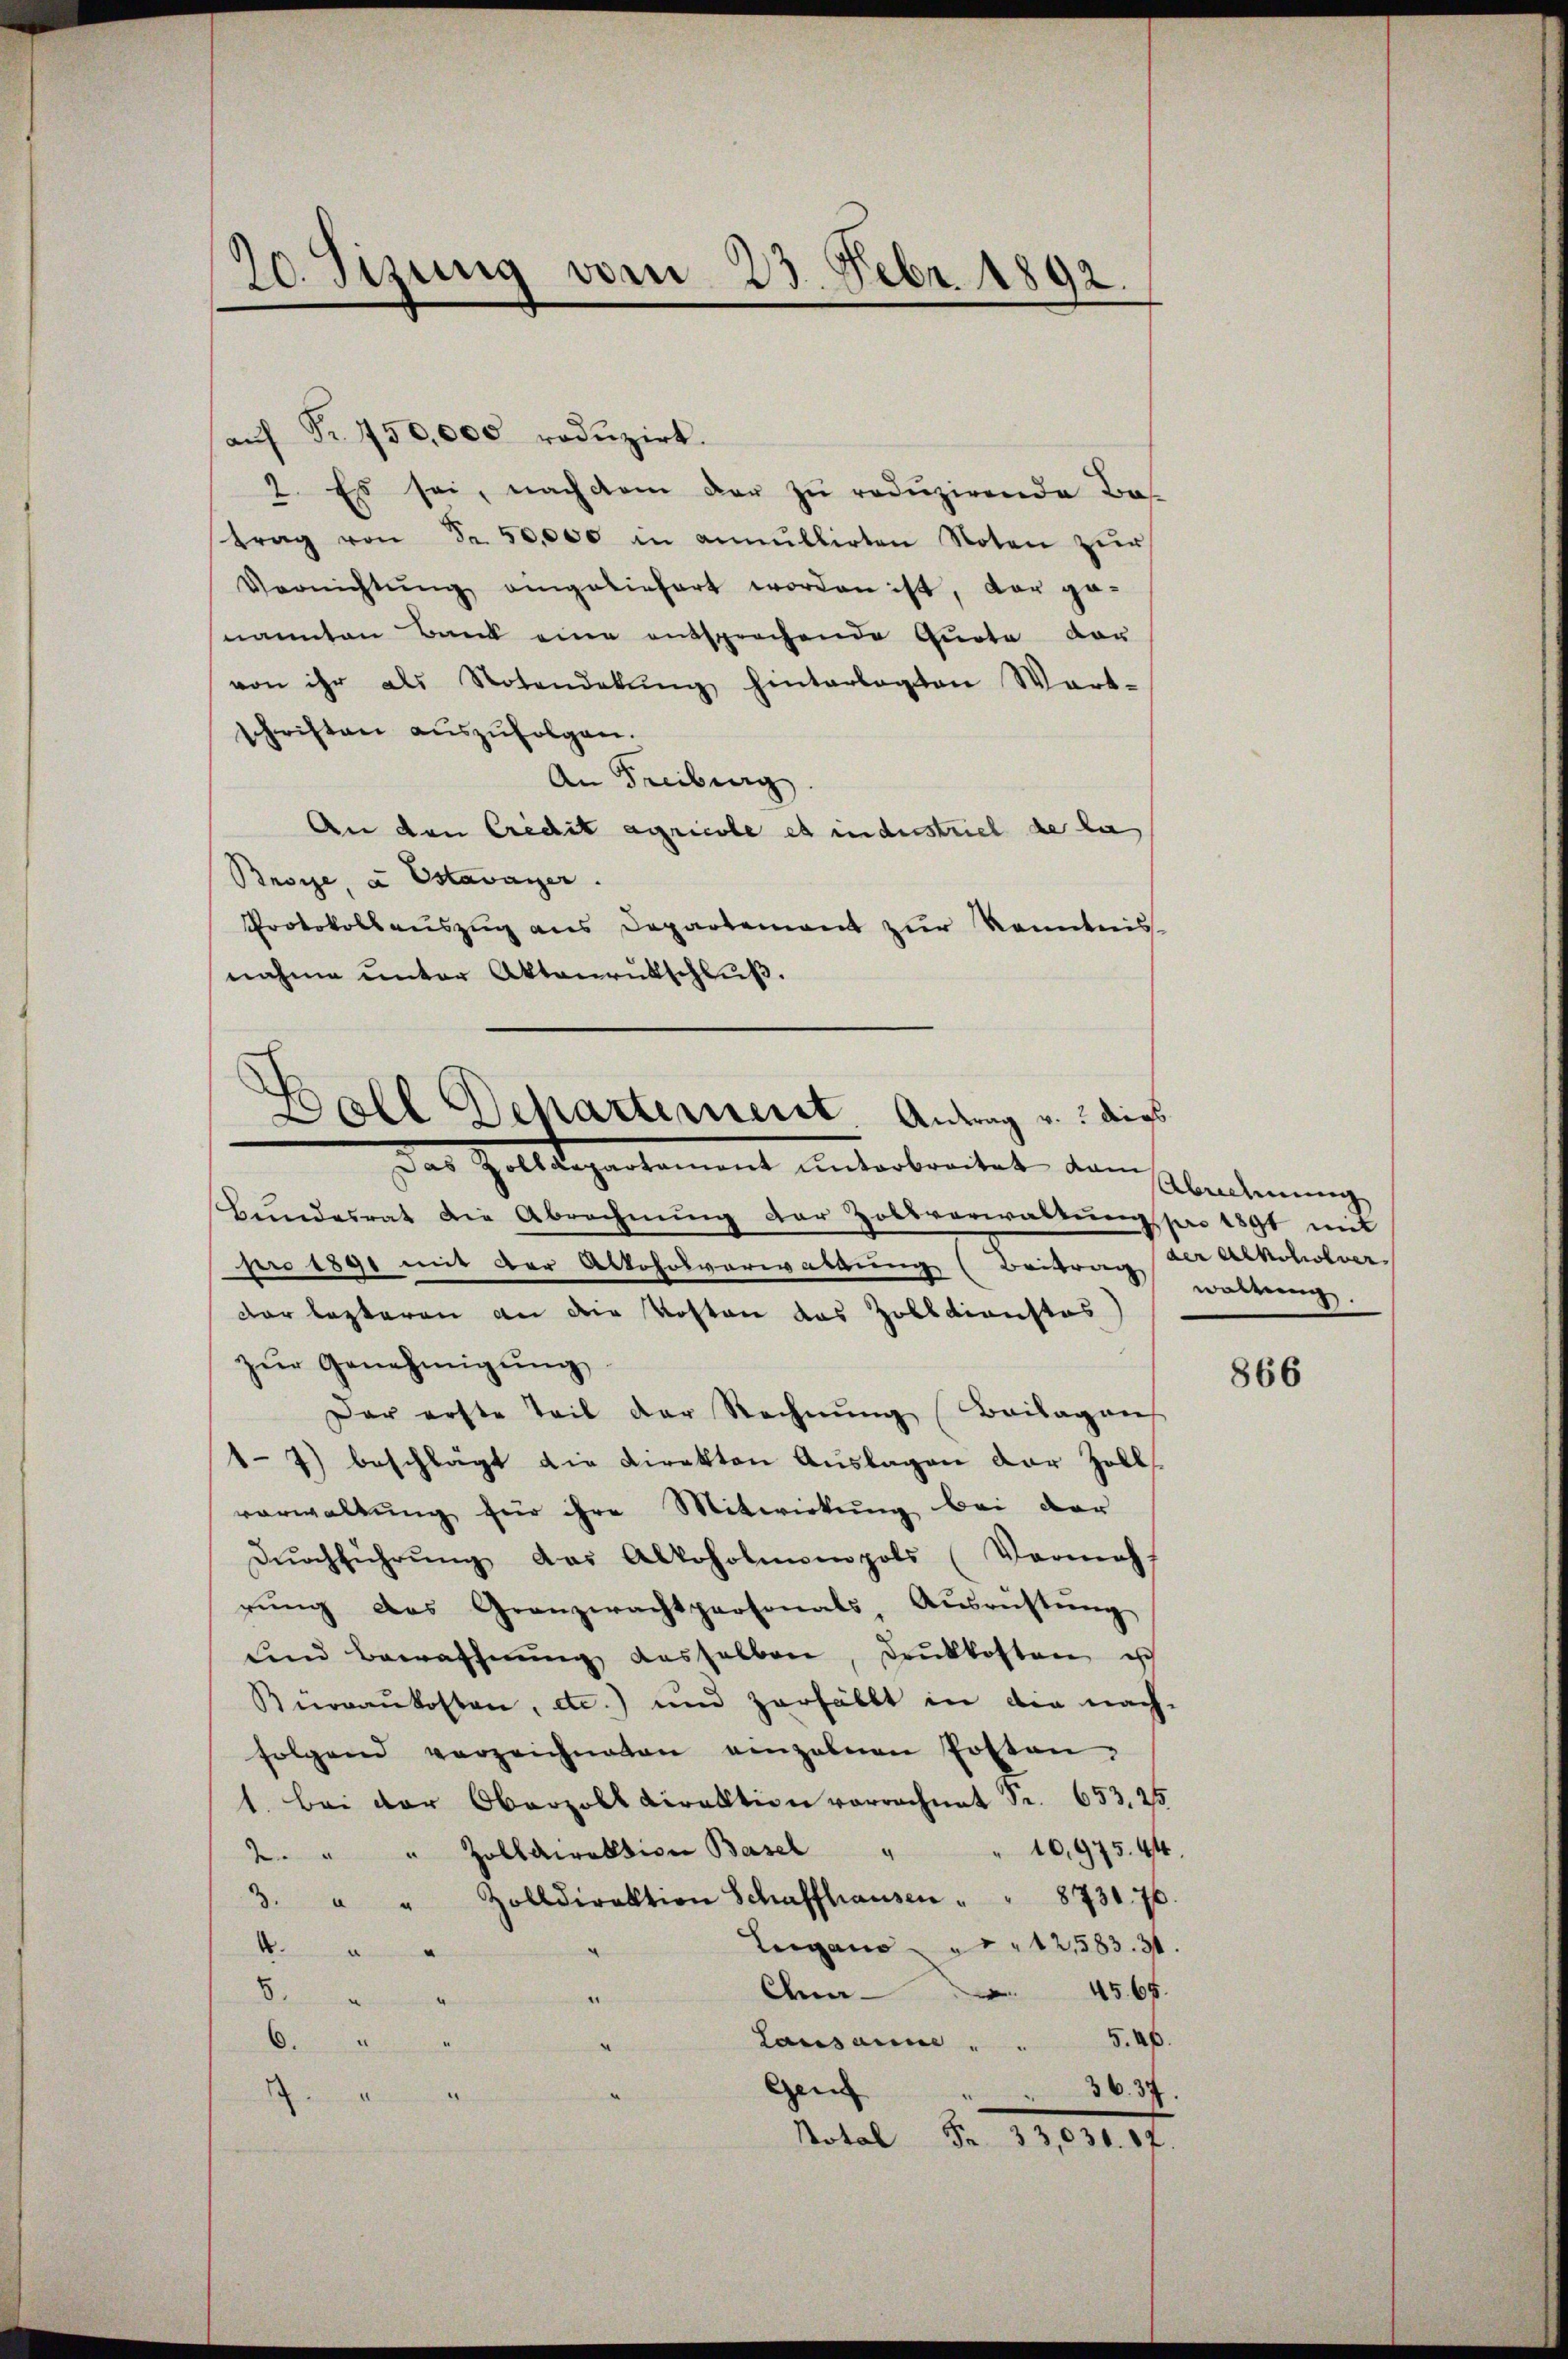
20. Sizung vom 23. Febr. 1892.

aŭf Fr. 750,000 redŭzirt.
2. Es sei, nach dem der zŭ redŭzirende Bas-
trag von Fr. 50,000 in annullirten Noten zur
Vernichtŭng angeliefert worden ist, der ge-
nannten Bank eine entsprechende Quote vor
von ihr als Notendekŭng hinterlegten Wart-
schriften aŭszŭfolgen.
An Freiburg.
An den Credit agricole es industriel de la
Broye, u. Estavayer.
Protokollsauszug aus Departement zur Kenntnis
nahme unter Aktenrütschluß.

Boll Departement. Antrag u. dies
Das Zolldegartement unterbreitet, dann

Bŭndesrat die Abrechnŭng der Zolsverwaltŭng pro 1891 mit
pro 1890 mit der Alkoholverwaltung (Beitrag woltern
dar lezteren an die Kosten das Zolldienstes)
zŭr Genehmigŭng
Der erste Teil der Rechnŭng (Beilagens
17) beschlägt die Direkten Auslagen der Zoll
verwaltung für ihre Mitwirkung bei der
Dŭrchführŭng das Alkoholmonopols (Vermeh
rung des Granzwachtpersonals, Ausrüstung
und Bewaffnŭng dasselben, drŭkkosten ist
Bürraukosten, etc.) und zerfällt in die nach-
folgend verzeichneten einzelnen Posten.
1. Bei der Oberzoll Direktion vorrechnet Sr. 653. 25
10,975. 44.
2. " " Zolldirektion Basel
3. " " Zolldirektion Schaffhausen " " 8731. 76.
Lugano " " 12583. 31.

Am      45. 65.
.
.
6.
Lausanne . . 546.
Gen
36. 37.

.
otal Fr. 33,030. 87.

Abnehmung
der Alkoholver

866